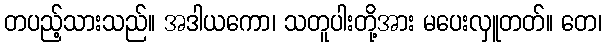
တပည့်သားသည်။ အဒါယကော၊ သတူပါးတို့အား မပေးလှူတတ်။ တေ၊